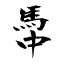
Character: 馽